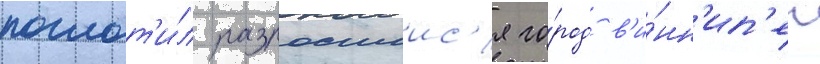
поглот'и́л разросшиис'я го́род в'и́нн'ип'ег